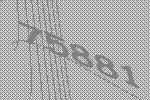
75881